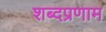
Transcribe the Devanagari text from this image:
शब्दप्रणाम